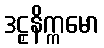
ဒဠှနိက္ကမော